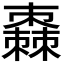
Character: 𣝯